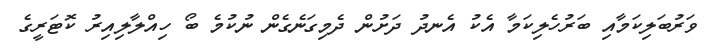
ވަރުބަލިކަމާއި ބަރުހެލިކަމާ އެކު އެނދު ދަށުން ދެމިގަނެގެން ނުކުމެ ބޯ ހިއްލާލިއިރު ކޮޓަރީގެ